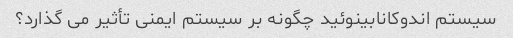
سیستم اندوکانابینوئید چگونه بر سیستم ایمنی تأثیر می گذارد؟